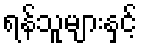
ရန်သူများနှင့်